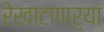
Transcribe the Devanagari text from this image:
रेखाटणाऱ्या